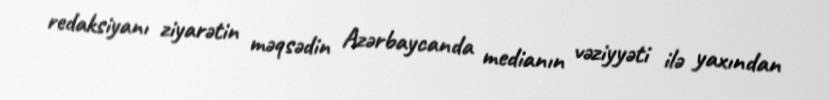
redaksiyanı ziyarətin məqsədin Azərbaycanda medianın vəziyyəti ilə yaxından